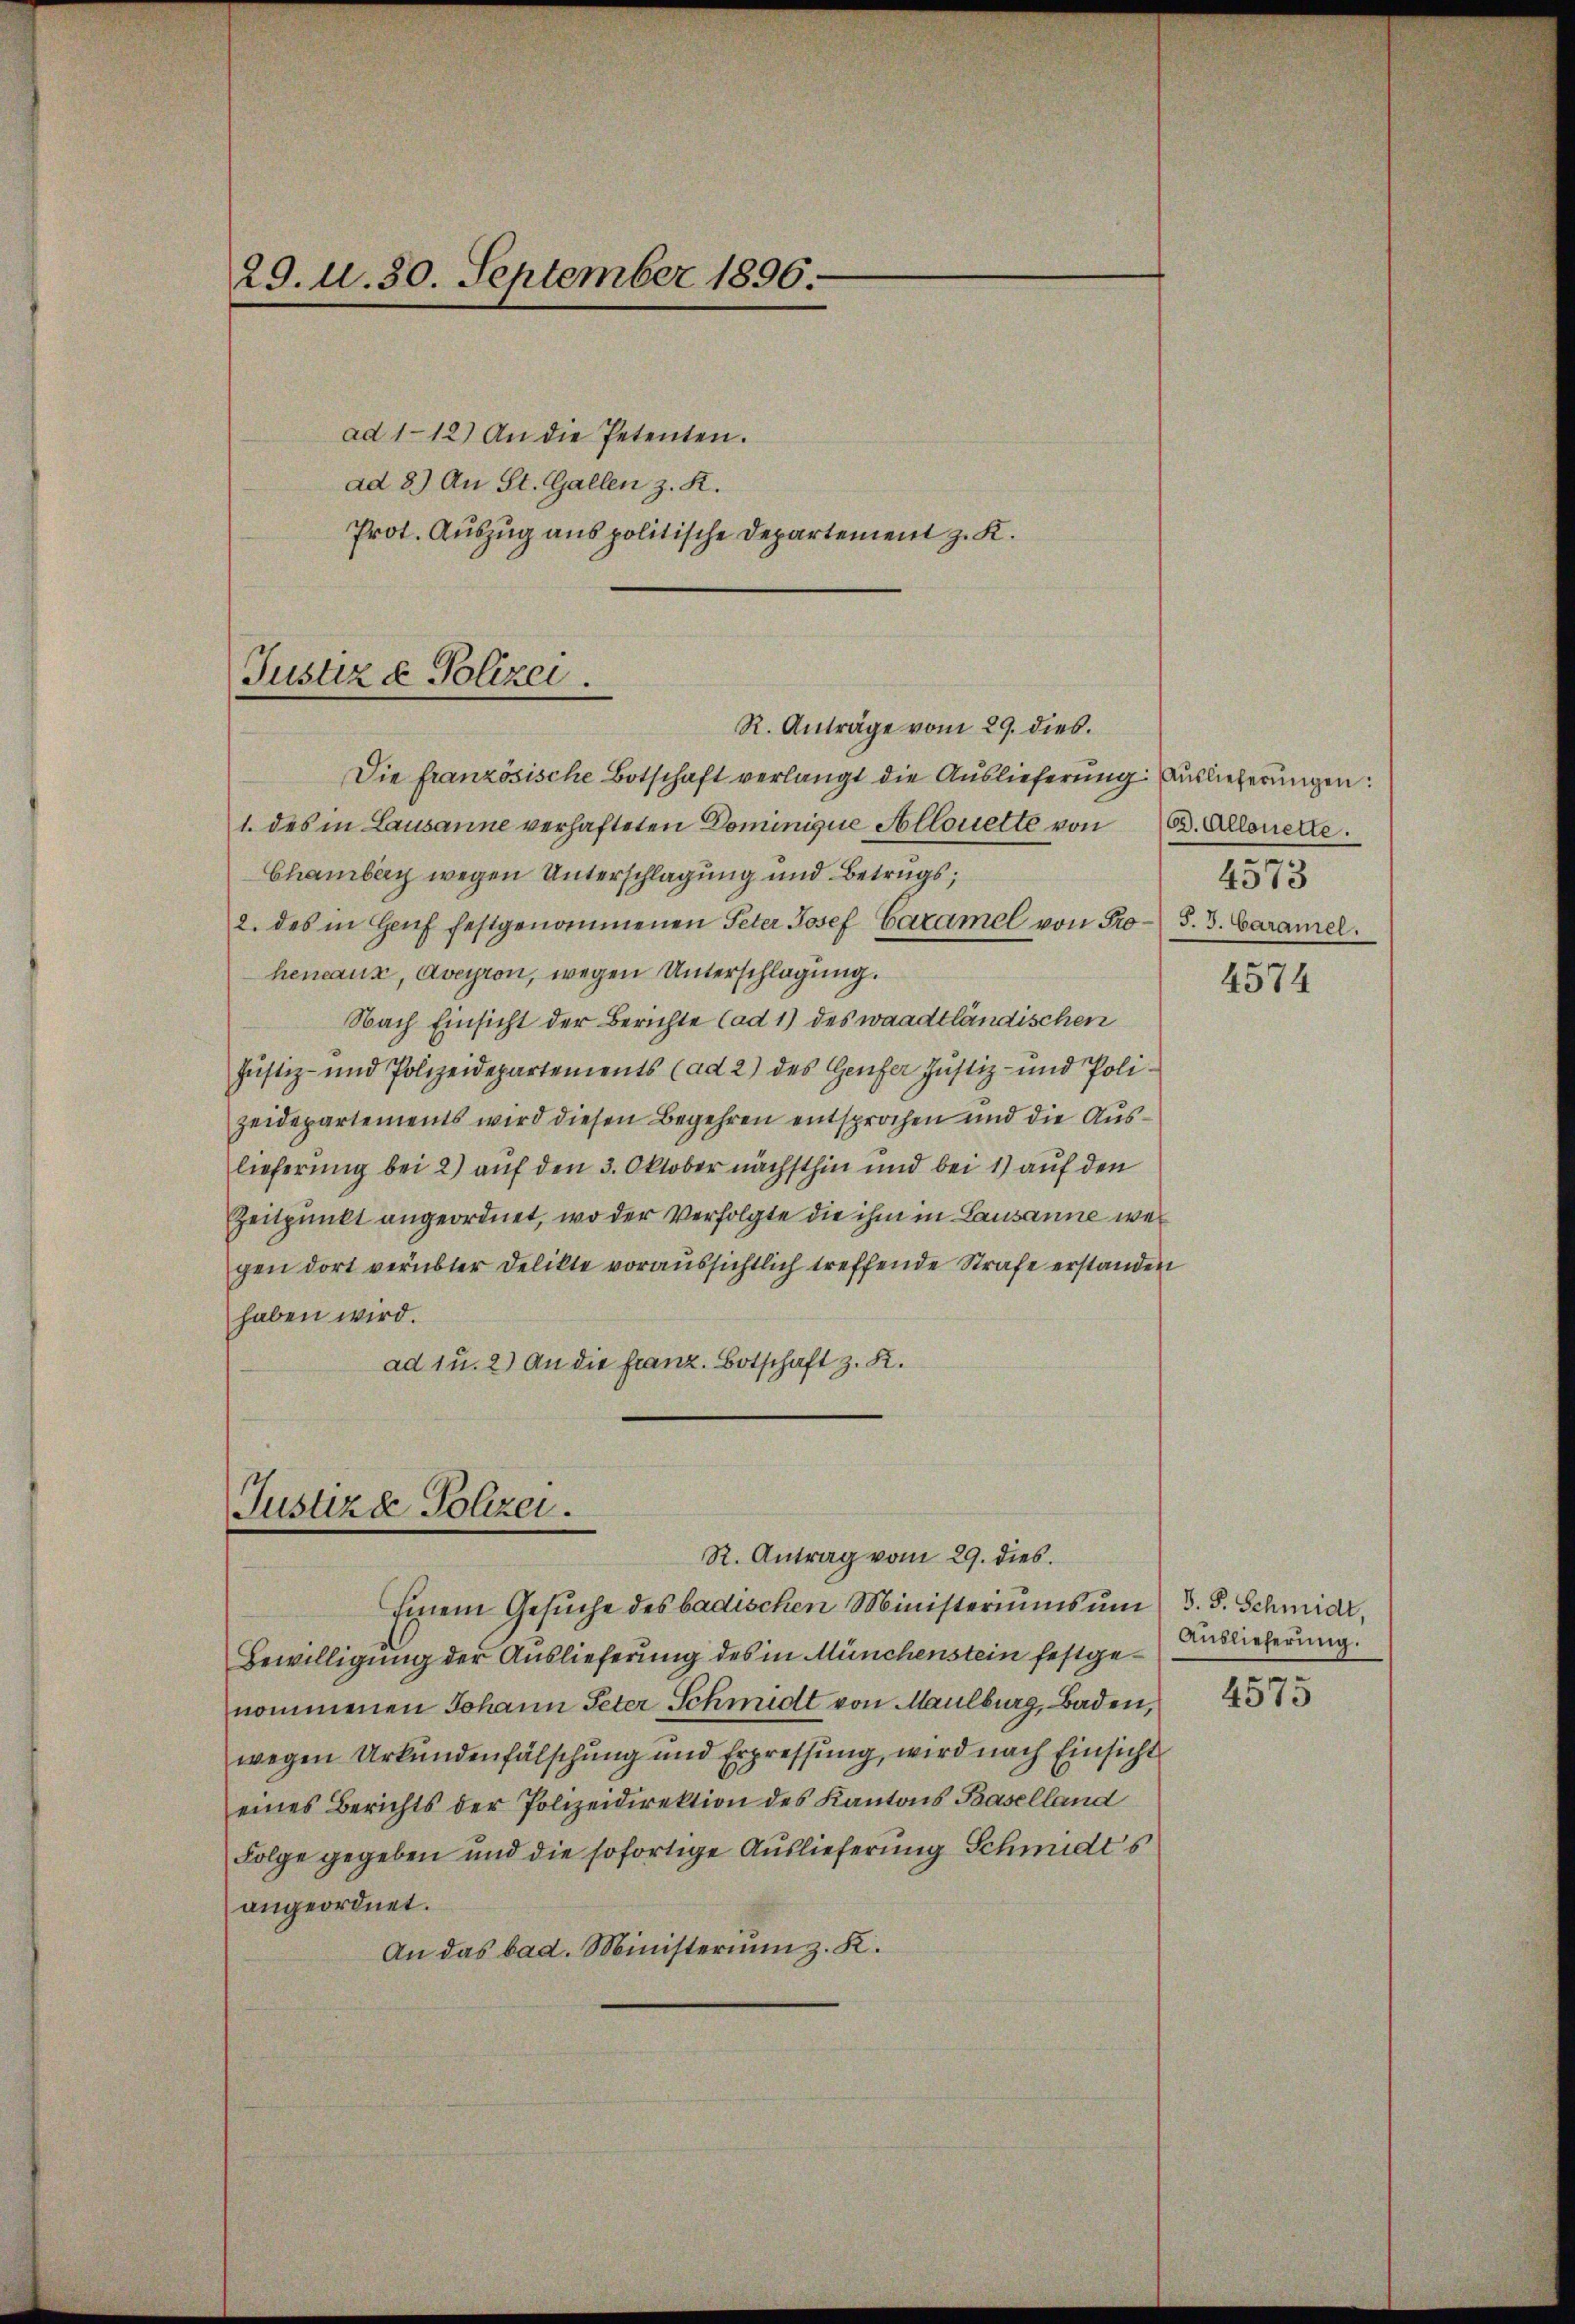
29. d. 30. September 1896.

ad 112) An die Petenten.
ad 8.) An St. Gallen z. K.
Prot. Auszug aus politische Departement z. K.

Justiz & Polizei
R. Anträge vom 29. dies.

Die französische Botschaft verlangt die Auslieferung: Auslieferungen:
1. des in Lausanne verhafteten Dominique Allouette von 63. Allonelle.
Chamberg wegen Unterschlagung und Betrugs;
2. des in Haŭf festgenommenen Peter Josef Caramel von Pro- S. 3. Caramel.
hencaux, aveyron, wegen Unterschlagung.
Nach Einsicht der Berichte (ad 1) des waadtländischen
Justiz- und Polizeidepartements (ad 2) des Genfer Justiz- und Polizeidepartements wird diesen Begehren entsprochen und die Auslieferung bei 2) auf den 3. Oktober nächsthin und bei 1) auf den
Zeitpunkt angeordnet, wo der Verfolgte die ihm in Lausanne wei
gen dort verübter Delikte voraussichtlich treffende Strafe erstanden
haben wird.
ad 1 u. 2) An die Franz. Botschaft z. K.

Justiza Polzer.

4573

R. Antrag vom 29. dies.
Einem Gesŭche des badischen Ministeriums ŭm 3. S. Schmid,
Bewilligung der Auslieferung des in Münchenstein festgenommenen Johann Peter Schmidt von Maulburg, Baden,
wegen Urkundenfälschung und Erpressung, wird nach Einsicht
eines Berichts der Polizeidirektion des Kantons Baselland
Folge gegeben und die sofortige Auslieferung Schmidts
angeordnet.
An das bad. Ministerium z. K.

4574

Auslieferung.

4575